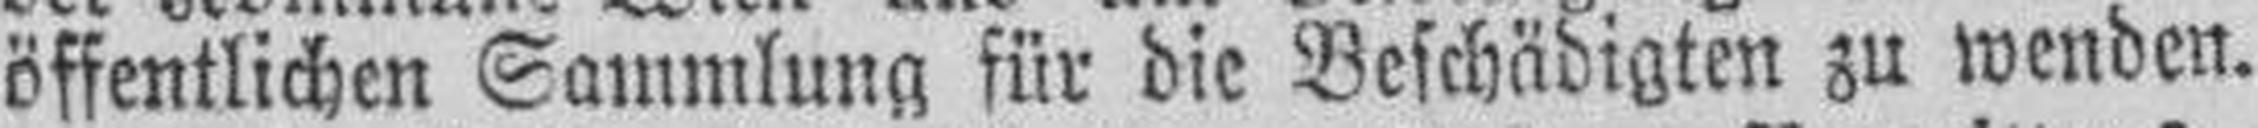
öffentlichen Sammlung für die Beschädigten zu wenden.